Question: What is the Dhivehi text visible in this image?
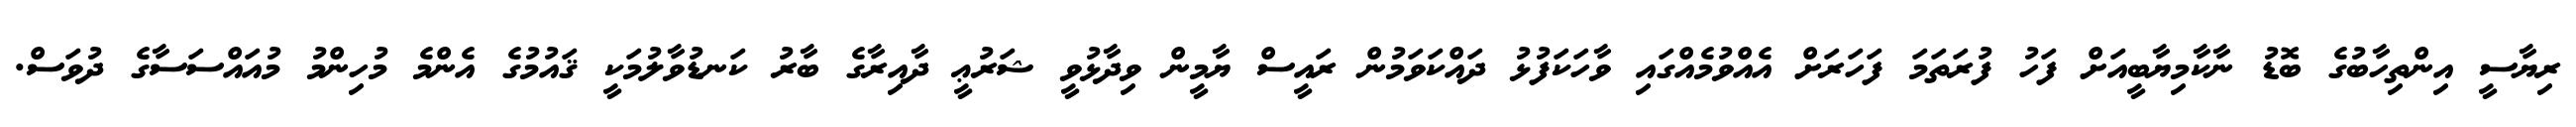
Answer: ރިޔާސީ އިންތިހާބުގެ ބޮޑު ނާކާމިޔާބީއަށް ފަހު ފުރަތަމަ ފަހަރަށް އެއްވުމެއްގައި ވާހަކަފުޅު ދައްކަވަމުން ރައީސް ޔާމީން ވިދާޅުވީ ޝަރުޢީ ދާއިރާގެ ބާރު ކަނޑުވާލުމަކީ ޤައުމުގެ އެންމެ މުހިންމު މުއައްސަސާގެ ދުވަސް.